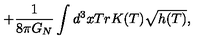
+ \frac { 1 } { 8 \pi G _ { N } } \int d ^ { 3 } x T r K ( T ) \sqrt { h ( T ) } ,